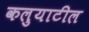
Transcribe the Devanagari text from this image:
कलुयाटील